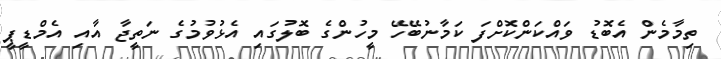
ތިމާމެން އެބޮޑު ވައްކަންކޮށްފަ ކަމާނުބޭހޭ މީހުންގެ ބޮލުގައި އެޅުވުމުގެ ނަތީޖާ އާއި އެމްޑީޕީ